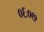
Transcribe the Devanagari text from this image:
०६०७